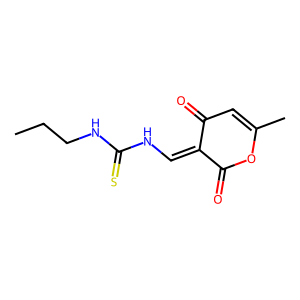
SMILES: CCCNC(=S)NC=C1C(=O)C=C(C)OC1=O
Inhibits HIV replication: No